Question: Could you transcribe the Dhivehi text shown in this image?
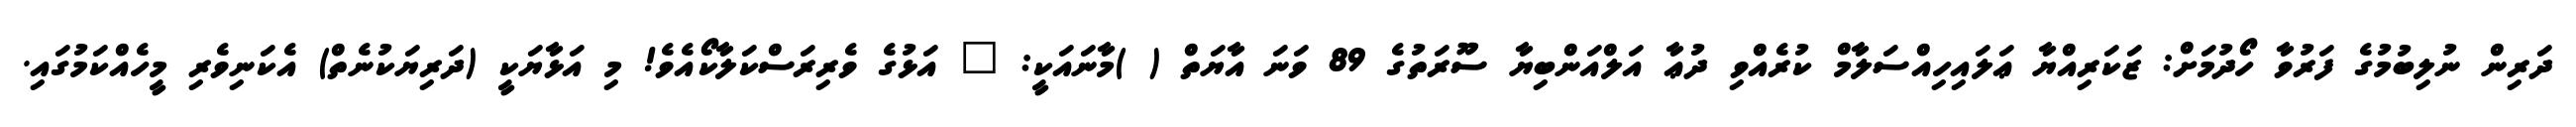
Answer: ދަރިން ނުލިބުމުގެ ފަރުވާ ހޯދުމަށް: ޒަކަރިއްޔާ ޢަލައިހިއްސަލާމް ކުރެއްވި ދުޢާ އަލްއަންބިޔާ ސޫރަތުގެ 89 ވަނަ އާޔަތް ( )މާނައަކީ: " އަޅުގެ ވެރިރަސްކަލާކޯއެވެ! މި އަޅާޔަކީ (ދަރިޔަކުނެތް) އެކަނިވެރި މީހެއްކަމުގައި.